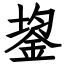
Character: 鋆